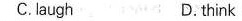
C.laugh D.think